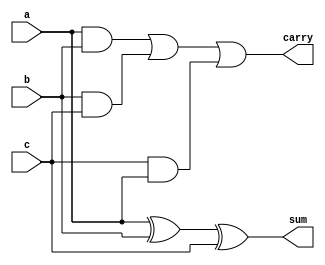
module carry_save_adder (
    input wire [7:0] a,
    input wire [7:0] b,
    input wire [7:0] c,
    output wire [7:0] sum,
    output wire [7:0] carry
);

assign sum = a ^ b ^ c;
assign carry = (a & b) | (b & c) | (c & a);

endmodule